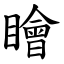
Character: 瞺